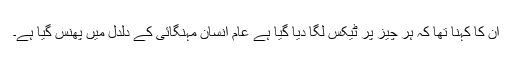
ان کا کہنا تھا کہ ہر چیز پر ٹیکس لگا دیا گیا ہے عام انسان مہنگائی کے دلدل میں پھنس گیا ہے۔